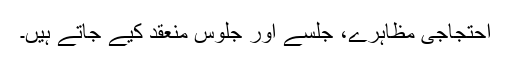
احتجاجی مظاہرے، جلسے اور جلوس منعقد کیے جاتے ہیں۔